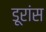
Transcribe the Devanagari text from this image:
डूरांस